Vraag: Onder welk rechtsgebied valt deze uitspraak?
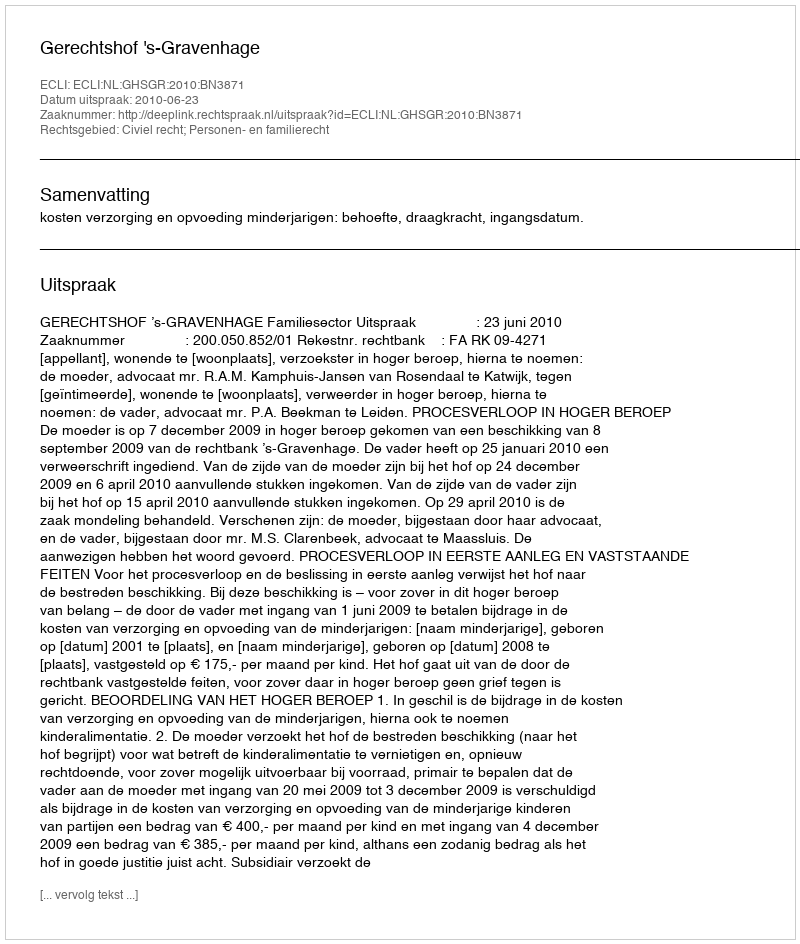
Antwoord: Civiel recht; Personen- en familierecht